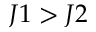
J 1 > J 2